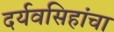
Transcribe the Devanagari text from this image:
दर्यवसिहांचा